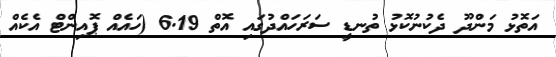
އަތޮޅު މަންދޫ ދެކުނުކޮޅު ތުނޑީ ސަރަހައްދުގައި އޮތް 6.19 (ހައެއް ޕޮއިންޓް އެކެއް